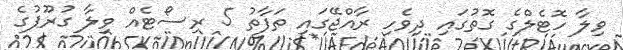
ވިލާ ހޮޓެލްގެ ގޮތުގައި ދިވެހި ރާއްޖޭގައި ތަފާތު 5 ރިސޯޓެއް ވިލާ ގުރޫޕުގެ